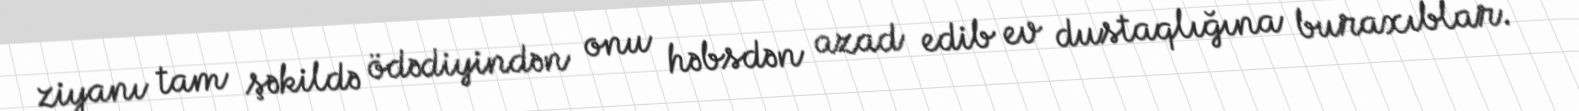
ziyanı tam şəkildə ödədiyindən onu həbsdən azad edib ev dustaqlığına buraxıblar.